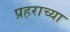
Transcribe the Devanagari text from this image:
प्रहराच्या